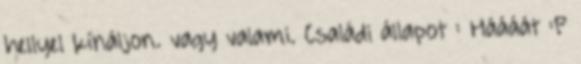
hellyel kínáljon. vagy valami. Családi állapot : Háááát :P